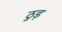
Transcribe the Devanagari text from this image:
ठुड़